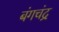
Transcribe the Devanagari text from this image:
बंगचंद्र